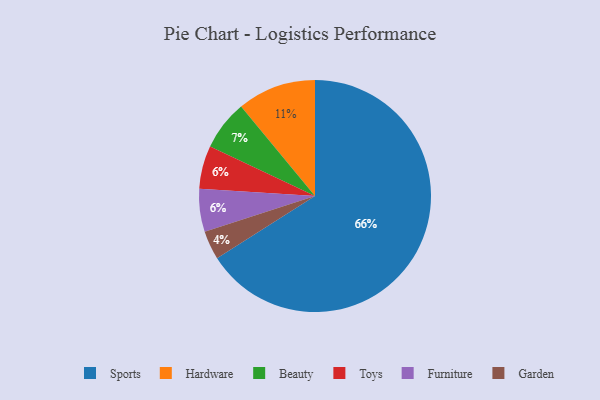
{"axis": {"x": "Category", "y": "Percentage"}, "legend": ["Beauty", "Furniture", "Garden", "Hardware", "Sports", "Toys"], "data": [{"x": "Toys", "y": 6, "type": "Toys"}, {"x": "Sports", "y": 66, "type": "Sports"}, {"x": "Beauty", "y": 7, "type": "Beauty"}, {"x": "Hardware", "y": 11, "type": "Hardware"}, {"x": "Furniture", "y": 6, "type": "Furniture"}, {"x": "Garden", "y": 4, "type": "Garden"}]}